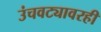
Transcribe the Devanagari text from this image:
उंचवट्यावरही